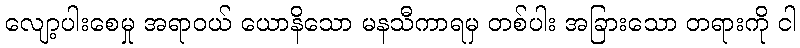
လျော့ပါးစေမှု အရာဝယ် ယောနိသော မနသီကာရမှ တစ်ပါး အခြားသော တရားကို ငါ